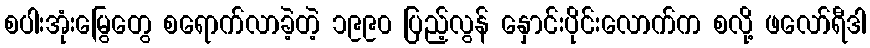
စပါးအုံးမြွေတွေ စရောက်လာခဲ့တဲ့ ၁၉၉၀ ပြည့်လွန် နှောင်းပိုင်းလောက်က စလို့ ဖလော်ရီဒါ